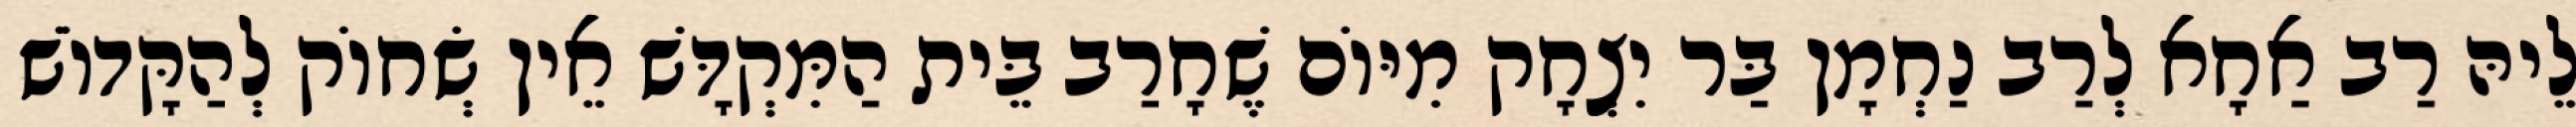
לֵיהּ רַב אַחָא לְרַב נַחְמָן בַּר יִצְחָק מִיּוֹם שֶׁחָרַב בֵּית הַמִּקְדָּשׁ אֵין שְׂחוֹק לְהַקָּדוֹשׁ